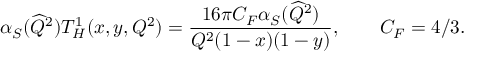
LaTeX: \alpha _ { S } ( \widehat { Q } ^ { 2 } ) T _ { H } ^ { 1 } ( x , y , Q ^ { 2 } ) = \frac { 1 6 \pi C _ { F } \alpha _ { S } ( \widehat { Q } ^ { 2 } ) } { Q ^ { 2 } ( 1 - x ) ( 1 - y ) } , \qquad C _ { F } = 4 / 3 .